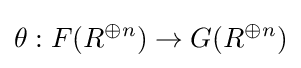
\theta :F(R^{\oplus n})\to G(R^{\oplus n})